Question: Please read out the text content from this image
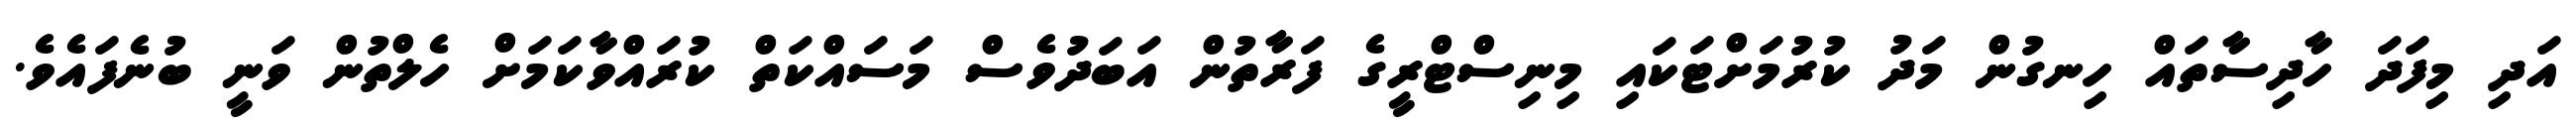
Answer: އަދި މިފަދަ ހާދިސާތައް ހިނގުން މަދު ކުރުމަށްޓަކައި މިނިސްޓްރީގެ ފަރާތުން އަބަދުވެސް މަސައްކަތް ކުރައްވާކަމަށް ހެލްތުން ވަނީ ބުނެފައެވެ.